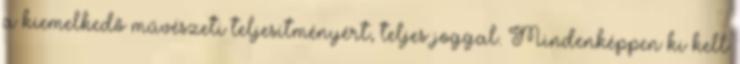
a kiemelkedő művészeti teljesítményért, teljes joggal. Mindenképpen ki kell